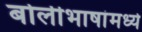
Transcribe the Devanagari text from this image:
बोलीभाषांमध्ये